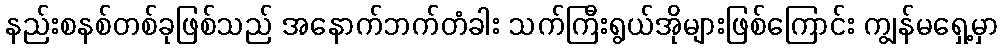
နည်းစနစ်တစ်ခုဖြစ်သည် အနောက်ဘက်တံခါး သက်ကြီးရွယ်အိုများဖြစ်ကြောင်း ကျွန်မရှေ့မှာ